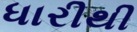
ધારીથી